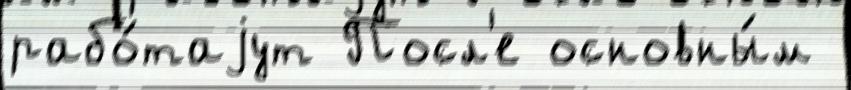
рабо́таjут Посл'е основны́м